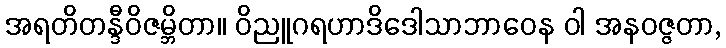
အရတိတန္ဒီဝိဇမ္ဘိတာ။ ဝိညူဂရဟာဒိဒေါသာဘာဝေန ဝါ အနဝဇ္ဇတာ,